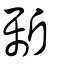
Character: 斸